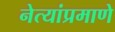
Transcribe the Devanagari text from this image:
नेत्यांप्रमाणे